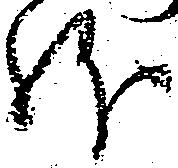
躰